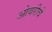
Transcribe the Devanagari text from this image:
ओवरीचे